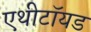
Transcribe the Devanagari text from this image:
एथीटॉयड